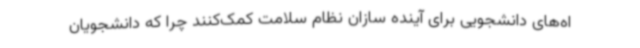
اه‌های دانشجویی برای آینده سازان نظام سلامت کمک‌کنند چرا که دانشجویان